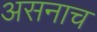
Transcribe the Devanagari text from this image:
असनाच